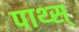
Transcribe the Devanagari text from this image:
पाथ्स्‌